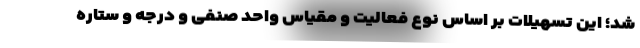
شد؛ این تسهیلات بر اساس نوع فعالیت و مقیاس واحد صنفی و درجه و ستاره